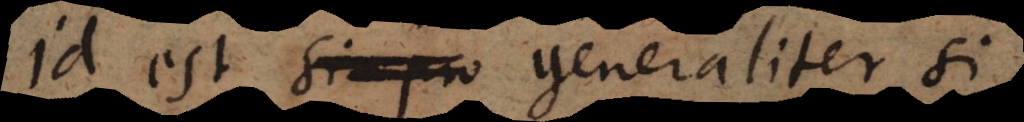
Id est si pro generaliter si